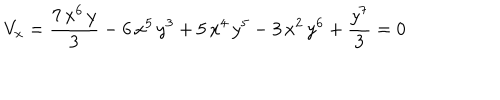
LaTeX: V _ { x } = { \frac { 7 \, { x ^ { 6 } } \, y } { 3 } } - 6 \, { x ^ { 5 } } \, { y ^ { 3 } } + 5 \, { x ^ { 4 } } \, { y ^ { 5 } } - 3 \, { x ^ { 2 } } \, { y ^ { 6 } } + { \frac { { y ^ { 7 } } } { 3 } } = 0